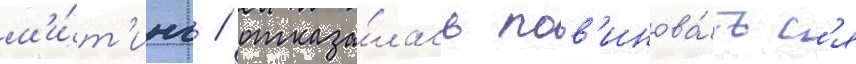
м'и́т'инг / отказа́лась пов'инова́тьс'я